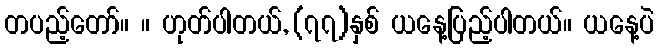
တပည့်တော်။ ။ ဟုတ်ပါတယ်, (၇၇)နှစ် ယနေ့ပြည့်ပါတယ်။ ယနေ့ပဲ